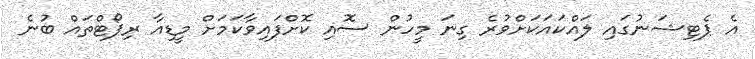
އެ ޕެޓިޝަނުގައި ލައްކައަކަށްވުރެ ގިނަ މީހުން ސޮއި ކޮށްފައިވާކަމަށް މީޑިއާ ރިޕޯޓްތައް ބުނެ